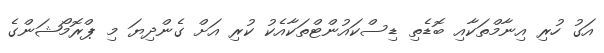
އަގު ހުރި އިނާމްތަކާއި ބޮޑެތި ޑިސްކައުންޓްތަކާއެކު ކުރި އަށް ގެންދިޔަ މި ޕްރޮމޯޝަންގެ